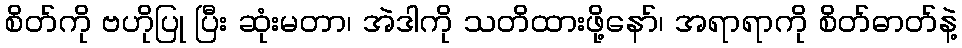
စိတ်ကို ဗဟိုပြု ပြီး ဆုံးမတာ၊ အဲဒါကို သတိထားဖို့နော်၊ အရာရာကို စိတ်ဓာတ်နဲ့